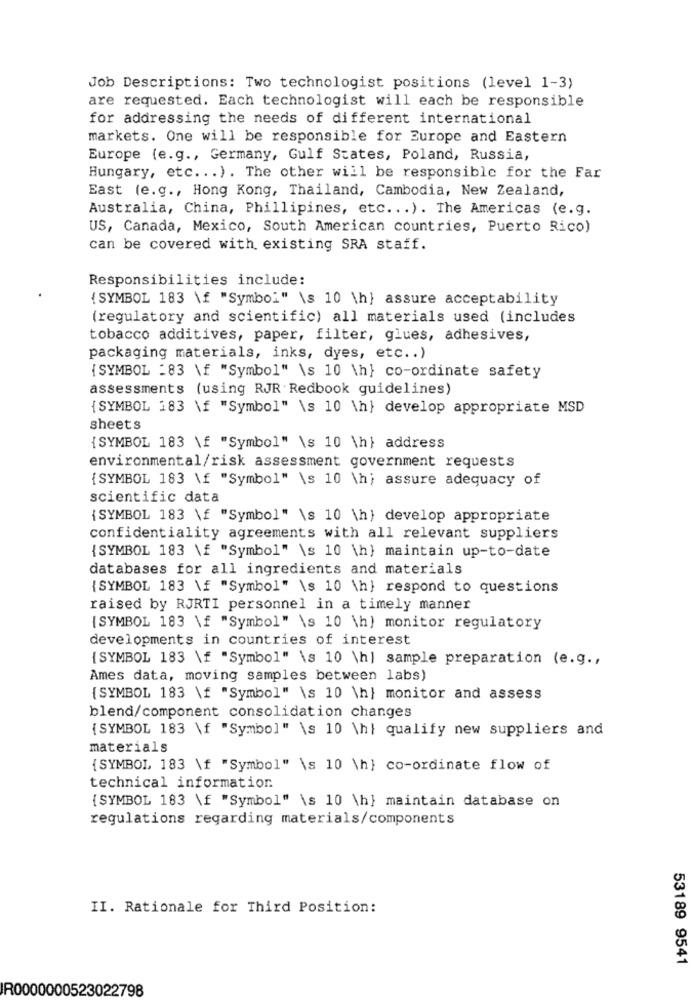
Job Descriptions: Two technologist positions (level 1-3)
are requested. Each technologist will each be responsible
for addressing the needs of different international
markets. One will be responsible for Europe and Eastern
Europe (e.g ., Germany, Gulf States, Poland, Russia,
Hungary, etc. .. ). The other will be responsible for the Far
East (e.g ., Hong Kong, Thailand, Cambodia, New Zealand,
Australia, China, Phillipines, etc ... ). The Americas (e.g.
US, Canada, Mexico, South American countries, Puerto Rico)
can be covered with existing SRA staff.
Responsibilities include:
{SYMBOL 183 \f "Symbol" \s 10 \h} assure acceptability
(regulatory and scientific) all materials used (includes
tobacco additives, paper, filter, glues, adhesives,
packaging materials, inks, dyes, etc .. )
{SYMBOL :83 \f "Symbol" \s 10 \h} co-ordinate safety
assessments (using RJR Redbook guidelines)
{SYMBOL 183 \f "Symbol" \s 10 \h} develop appropriate MSD
sheets
{ SYMBOL 183 \ "Symbol" \s 10 \h} address
environmental/risk assessment government requests
{SYMBOL 183 \f "Symbol" \s 10 \h; assure adequacy of
scientific data
{ SYMBOL 183 \ "Symbol" \s 10 h} develop appropriate
confidentiality agreements with all relevant suppliers
{SYMBOL 183 \f "Symbol" \s 10 \h} maintain up-to-date
databases for all ingredients and materials
{SYMBOL 183 \f "Symbol" \s 10 \h} respond to questions
raised by RJRTI personnel in a timely manner
{SYMBOL 183 \f "Symbol" \s 10 \h) monitor regulatory
developments in countries of interest
{SYMBOL 183 \f "Symbol" \s 10 \h] sample preparation (e.g .,
Ames data, moving samples between labs)
{SYMBOL 183 \f "Symbol" \s 10 \h} monitor and assess
blend/component consolidation changes
{ SYMBOL 183 \f "Symbol" \s 10 \hl qualify new suppliers and
materials
{SYMBOL, 183 \f "Symbol" \s 10 \h} co-ordinate flow of
technical information.
{SYMBOL 183 \f "Symbol" \s 10 \h} maintain database on
regulations regarding materials/components
II. Rationale for Third Position:
53189 9541
R0000000523022798